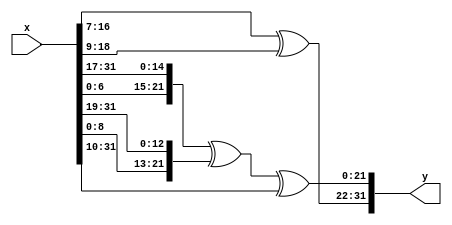
module s1 (x, y);
        input [31:0] x;
        output [31:0] y;
        assign y[31:22] = x[16:7] ^ x[18:9];
        assign y[21:0] = {x[6:0],x[31:17]} ^ {x[8:0],x[31:19]} ^ x[31:10];
endmodule